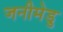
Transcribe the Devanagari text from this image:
जनीमेडु